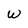
Character: W